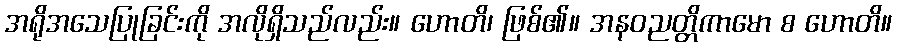
အရိုအသေပြုခြင်းကို အလိုရှိသည်လည်း။ ဟောတိ၊ ဖြစ်၏။ အနဝညတ္တိကာမော စ ဟောတိ။